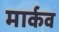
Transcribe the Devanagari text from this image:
मार्कव